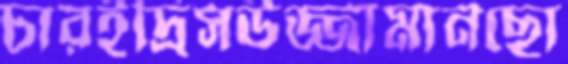
চারইদ্রিসউজ্জামানছো